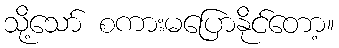
သို့သော် စကားမပြောနိုင်တော့။